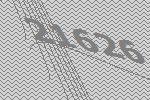
21626